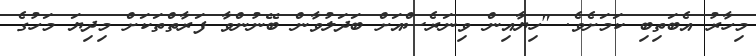
މިހާރު އެބަތިބި ކަމަށެވެ. "ހިޔާއިން ވިނަރެސްއަށް ބަދަލުވާން ބޭނުންވާ ފަރާތްތަކަށް މިދިޔަ މަހުގެ